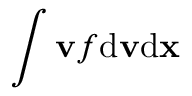
\int { \mathbf v } f \mathrm { d } { \mathbf v } \mathrm { d } { \mathbf x }